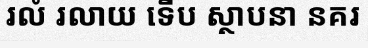
រលំ រលាយ ទើប ស្ថាបនា នគរ